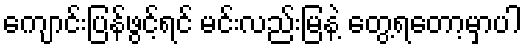
ကျောင်းပြန်ဖွင့်ရင် မင်းလည်းမြနဲ့ တွေ့ရတော့မှာပါ